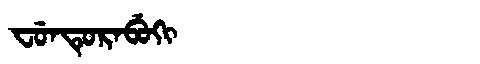
Manchu: ᠸᡠᠨᡨᡠᡵᠠᠪᡠᡴᡳ
Romanization: FUNTURABUKI